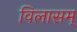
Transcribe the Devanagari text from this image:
विलासम्